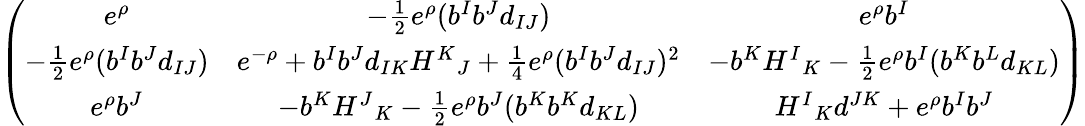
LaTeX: \left(\begin{array}{ccc}{{e^{\rho}}}&{{-{\frac{1}{2}}e^{\rho}(b^{I}b^{J}d_{IJ})}}&{{e^{\rho}b^{I}}}\\ {{-{\frac{1}{2}}e^{\rho}(b^{I}b^{J}d_{IJ})}}&{{e^{-\rho}+b^{I}b^{J}d_{IK}{H^{K}}_{J}+{\frac{1}{4}}e^{\rho}(b^{I}b^{J}d_{IJ})^{2}}}&{{-b^{K}{H^{I}}_{K}-{\frac{1}{2}}e^{\rho}b^{I}(b^{K}b^{L}d_{KL})}}\\ {{e^{\rho}b^{J}}}&{{-b^{K}{H^{J}}_{K}-{\frac{1}{2}}e^{\rho}b^{J}(b^{K}b^{K}d_{KL})}}&{{{H^{I}}_{K}d^{JK}+e^{\rho}b^{I}b^{J}}}\end{array}\right)